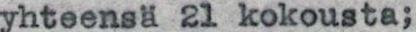
yhteensä 21 kokousta;